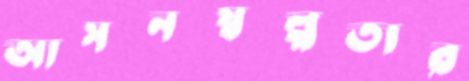
আসনস্বল্পতার